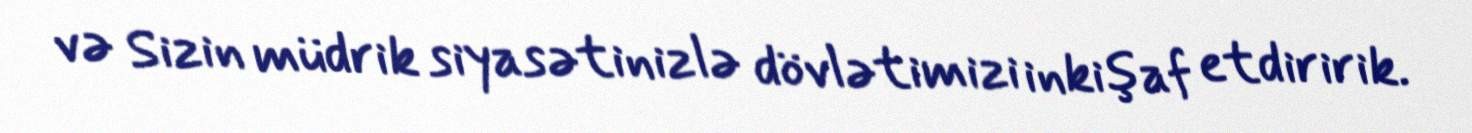
və Sizin müdrik siyasətinizlə dövlətimizi inkişaf etdiririk.